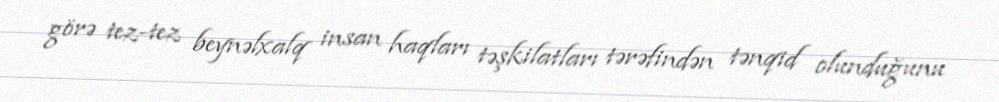
görə tez-tez beynəlxalq insan haqları təşkilatları tərəfindən tənqid olunduğunu